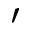
\prime